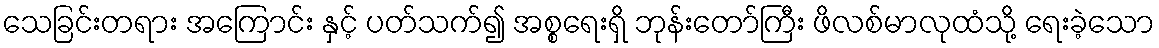
သေခြင်းတရား အကြောင်း နှင့် ပတ်သက်၍ အစ္စရေးရှိ ဘုန်းတော်ကြီး ဖိလစ်မာလုထံသို့ ရေးခဲ့သော